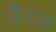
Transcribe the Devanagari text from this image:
चैंनल